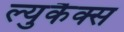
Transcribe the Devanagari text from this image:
ल्युकैक्स